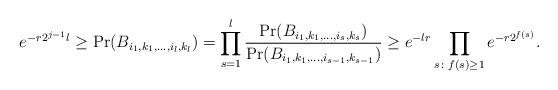
LaTeX: \begin{align*}e^{-r2^{j-1}l}\geq \Pr(B_{i_1,k_1,\ldots,i_l,k_l})=\prod_{s=1}^{l}\frac{\Pr(B_{i_1,k_1,\ldots,i_s,k_s})}{\Pr(B_{i_1,k_1,\ldots,i_{s-1},k_{s-1}})}\geq e^{-lr}\prod_{s\colon f(s)\geq 1}e^{-r2^{f(s)}}.\end{align*}